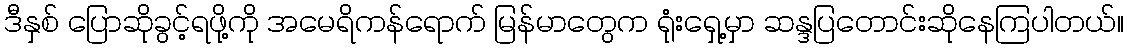
ဒီနှစ် ပြောဆိုခွင့်ရဖို့ကို အမေရိကန်ရောက် မြန်မာတွေက ရုံးရှေ့မှာ ဆန္ဒပြတောင်းဆိုနေကြပါတယ်။